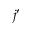
j ^ { \prime }